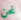
نحن